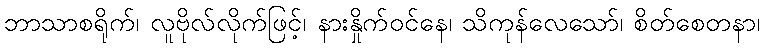
ဘာသာစရိုက်၊ လူဗိုလ်လိုက်ဖြင့်၊ နားနှိုက်ဝင်နေ၊ သိကုန်လေသော်၊ စိတ်စေတနာ၊